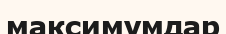
максимумдар